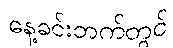
နေ့ခင်းဘက်တွင်